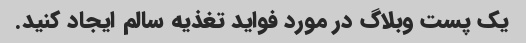
یک پست وبلاگ در مورد فواید تغذیه سالم ایجاد کنید.